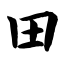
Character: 田